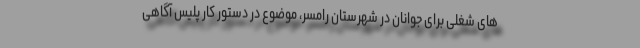
های شغلی برای جوانان در شهرستان رامسر، موضوع در دستور کار پلیس آگاهی